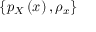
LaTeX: \left\{ p _ { X } \left( x \right) , \rho _ { x } \right\}